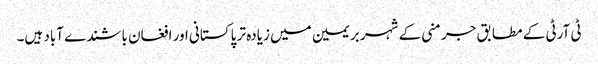
ٹی آرٹی کے مطابق جرمنی کے شہر بریمین میں زیادہ تر پاکستانی اور افغان باشندے آباد ہیں۔